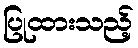
ပြုထားသည့်